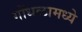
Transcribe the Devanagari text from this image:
गोंधळामध्ये